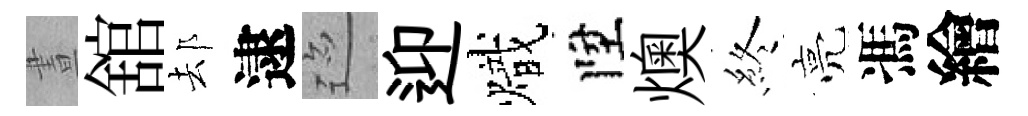
晝舘𨚫逮迹迎熾陞燠終亮馮繪